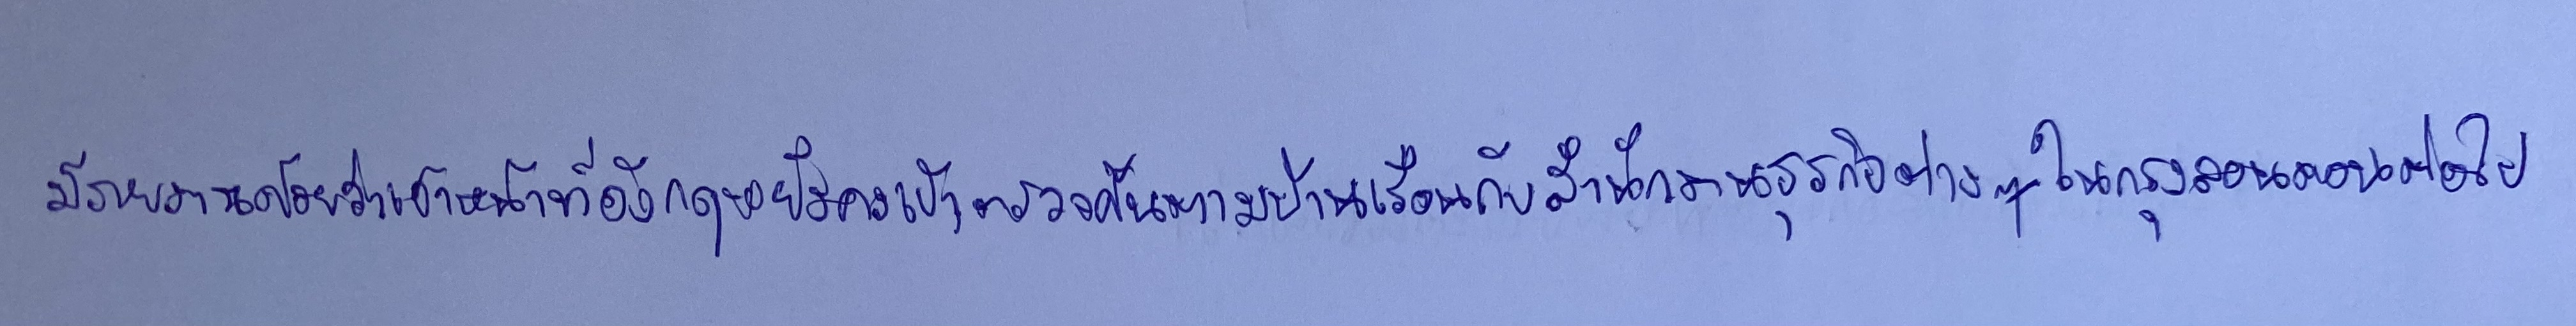
มีรายงานด้วยว่าเจ้าหน้าที่อังกฤษยังคงเข้าตรวจค้นตามบ้านเรือนกับสำนักงานธุรกิจต่างๆในกรุงลอนดอนต่อไป